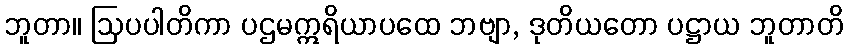
ဘူတာ။ ဩပပါတိကာ ပဌမဣရိယာပထေ ဘဗျာ, ဒုတိယတော ပဋ္ဌာယ ဘူတာတိ